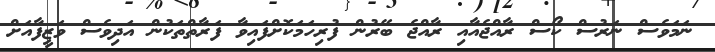
ނަމަވެސް ނަރުސް ކޯސް ރާއްޖެއާއި ރާއްޖެ ބޭރުން ފުރިހަމަކޮށްފައިވާ ފަރާތްތަކުން އަދިވެސް ވަޒީފާއަށް